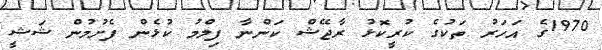
1970ގެ އަހަރު ތަކުގެ ކުރީކޮޅު ރާޖޭޝް ކަންނާ ފިލްމު ކުޅެން ފެށުމުން ޝަޝީ